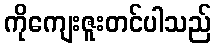
ကိုကျေးဇူးတင်ပါသည်